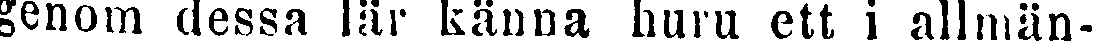
genom dessa lär känna huru ett i allmän-